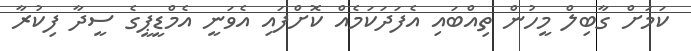
ކަމަށް ގާބިލް މީހުން ތިއްބައި އެފަދަކަމެއް ކޮށްފައި އެވަނީ އެމްޑީޕީގެ ސީދާ ފިކުރާ